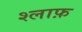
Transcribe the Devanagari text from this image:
श्लाफ़